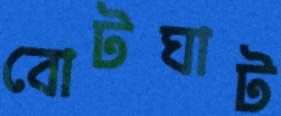
বোটঘাট